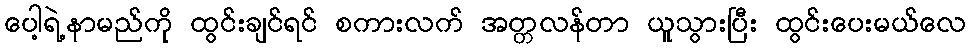
ပေါ့ရဲ့နာမည်ကို ထွင်းချင်ရင် စကားလက် အတ္တလန်တာ ယူသွားပြီး ထွင်းပေးမယ်လေ